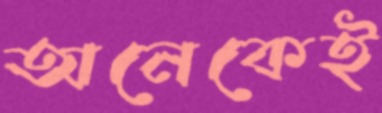
অনেকেই